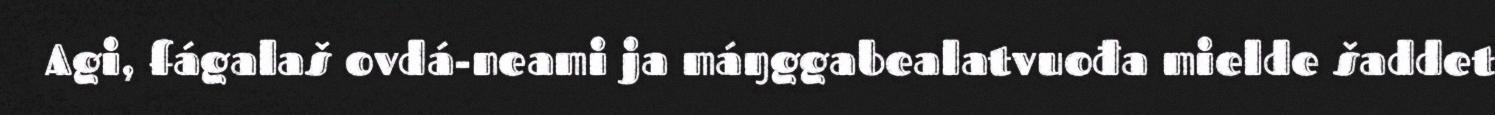
Agi, fágalaš ovdá-neami ja máŋggabealatvuođa mielde šaddet